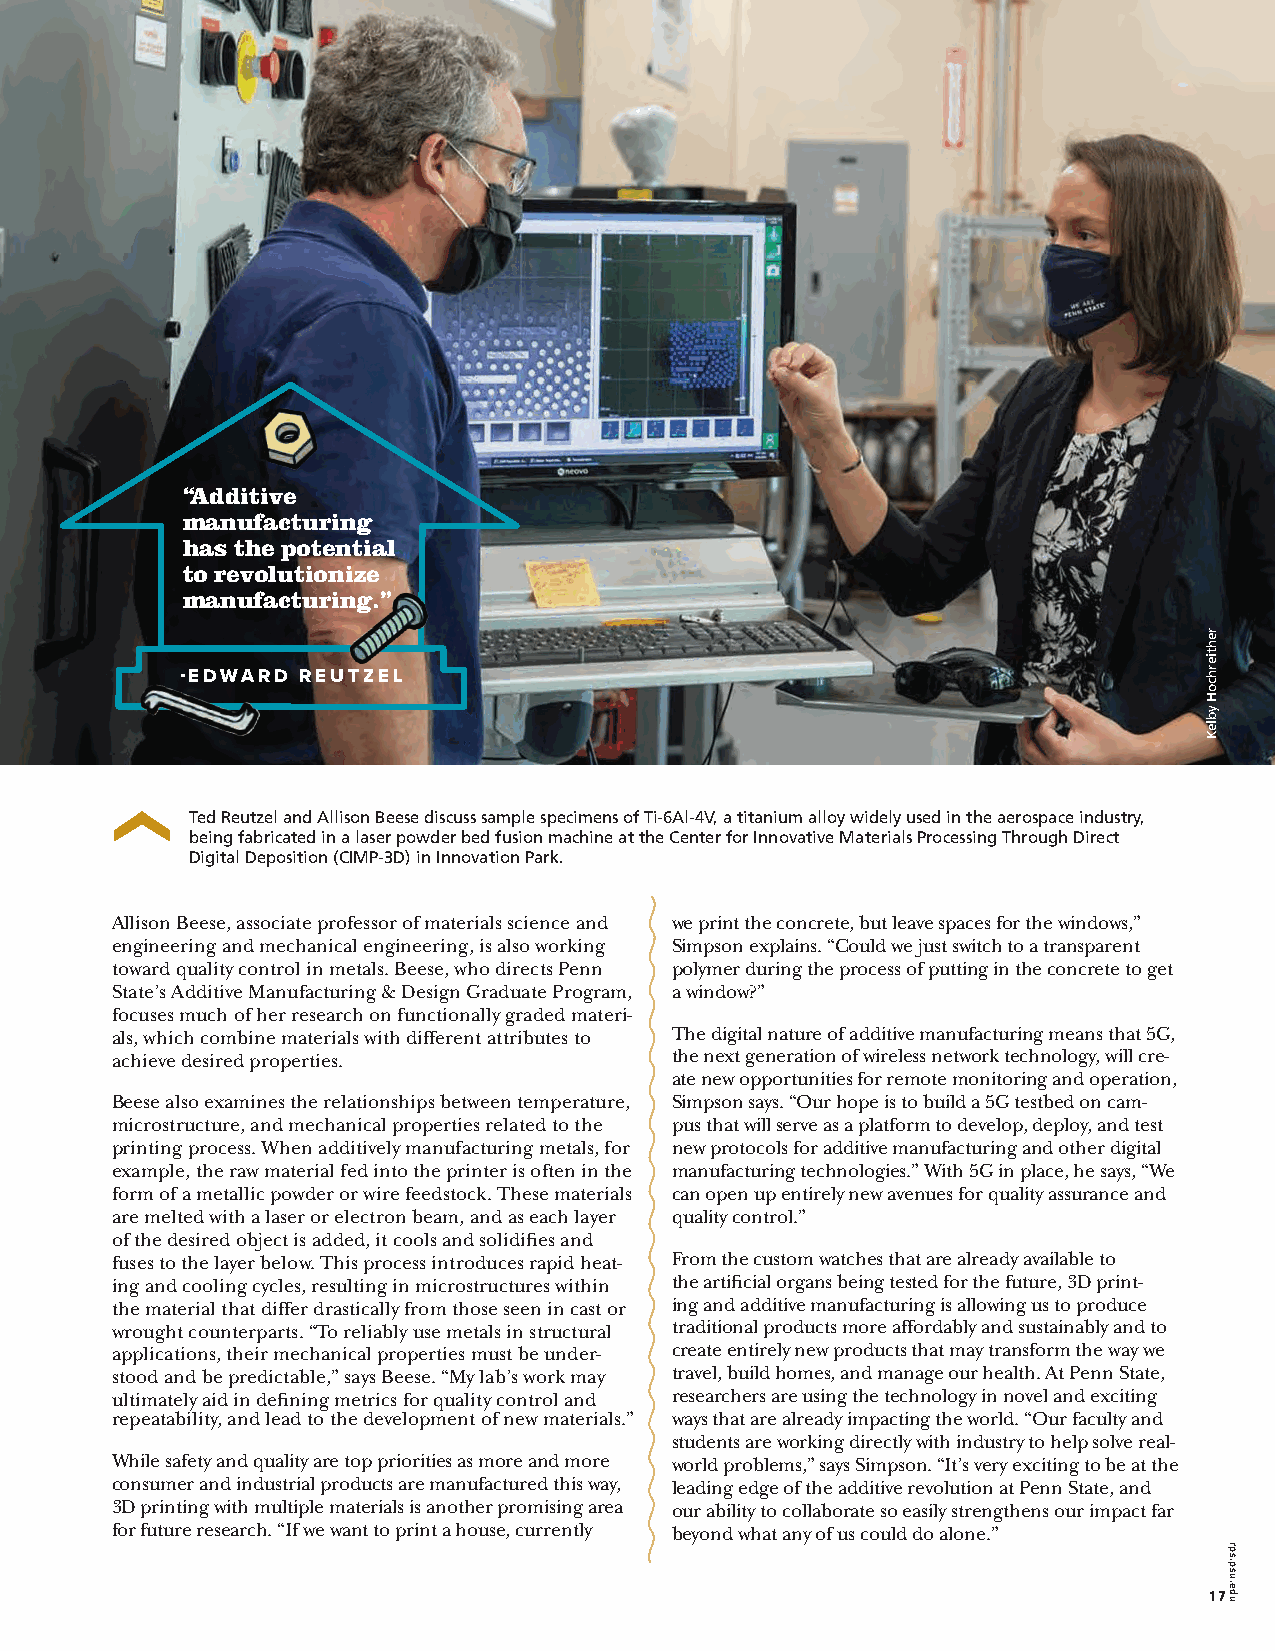
“Additive
 manufacturing
 has the potential
 to revolutionize
 manufacturing.”
 -EDWARD REUTZEL
 Ted Reutzel and Allison Beese discuss sample specimens of Ti-6Al-4V, a titanium alloy widely used in the aerospace industry,
 being fabricated in a laser powder bed fusion machine at the Center for Innovative Materials Processing Through Direct
 Digital Deposition (CIMP-3D) in Innovation Park.
 Allison Beese, associate professor of materials science and we print the concrete, but leave spaces for the windows,”
 engineering and mechanical engineering, is also working Simpson explains. “Could we just switch to a transparent
 toward quality control in metals. Beese, who directs Penn polymer during the process of putting in the concrete to get
 State’s Additive Manufacturing & Design Graduate Program, a window?”
 focuses much of her research on functionally graded materi-
 als, which combine materials with different attributes to The digital nature of additive manufacturing means that 5G,
 achieve desired properties.          the next generation of wireless network technology, will cre-
 ate new opportunities for remote monitoring and operation,
 Beese also examines the relationships between temperature, Simpson says. “Our hope is to build a 5G testbed on cam-
 microstructure, and mechanical properties related to the pus that will serve as a platform to develop, deploy, and test
 printing process. When additively manufacturing metals, for new protocols for additive manufacturing and other digital
 example, the raw material fed into the printer is often in the manufacturing technologies.” With 5G in place, he says, “We
 form of a metallic powder or wire feedstock. These materials can open up entirely new avenues for quality assurance and
 are melted with a laser or electron beam, and as each layer quality control.”
 of the desired object is added, it cools and solidifies and
 fuses to the layer below. This process introduces rapid heat- From the custom watches that are already available to
 ing and cooling cycles, resulting in microstructures within the artificial organs being tested for the future, 3D print-
 the material that differ drastically from those seen in cast or ing and additive manufacturing is allowing us to produce
 wrought counterparts. “To reliably use metals in structural traditional products more affordably and sustainably and to
 applications, their mechanical properties must be under- create entirely new products that may transform the way we
 stood and be predictable,” says Beese. “My lab’s work may travel, build homes, and manage our health. At Penn State,
 ultimately aid in defining metrics for quality control and researchers are using the technology in novel and exciting
 repeatability, and lead to the development of new materials.” ways that are already impacting the world. “Our faculty and
 students are working directly with industry to help solve real-
 While safety and quality are top priorities as more and more world problems,” says Simpson. “It’s very exciting to be at the
 consumer and industrial products are manufactured this way, leading edge of the additive revolution at Penn State, and
 3D printing with multiple materials is another promising area our ability to collaborate so easily strengthens our impact far
 for future research. “If we want to print a house, currently beyond what any of us could do alone.”
 17
 rehtierhcoH
 ybleK
 rrppss..ppssuu..eedduu